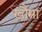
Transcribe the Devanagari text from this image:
खौमा